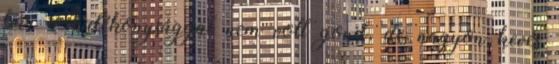
bár a hatékonysággal nem volt gond, de nagyon kevés